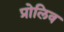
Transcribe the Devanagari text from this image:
प्रोलिव